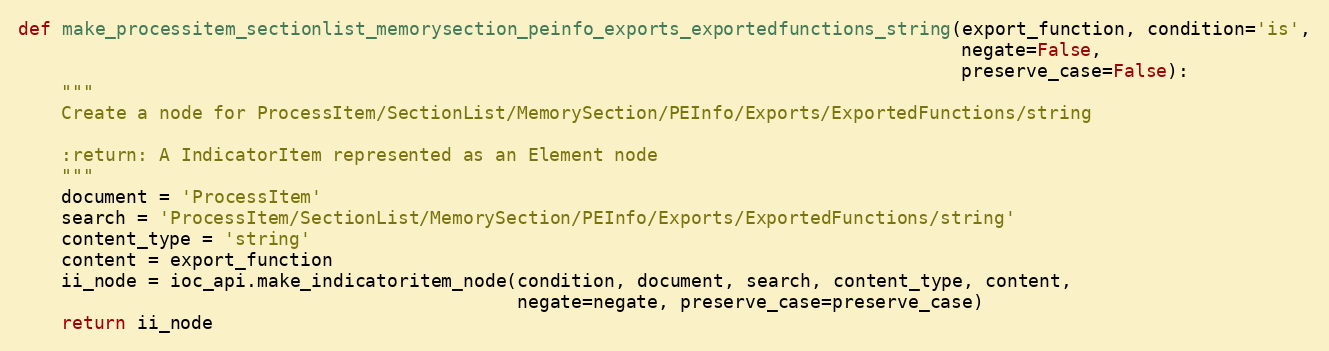
Language: Python
def make_processitem_sectionlist_memorysection_peinfo_exports_exportedfunctions_string(export_function, condition='is',
                                                                                       negate=False,
                                                                                       preserve_case=False):
    """
    Create a node for ProcessItem/SectionList/MemorySection/PEInfo/Exports/ExportedFunctions/string

    :return: A IndicatorItem represented as an Element node
    """
    document = 'ProcessItem'
    search = 'ProcessItem/SectionList/MemorySection/PEInfo/Exports/ExportedFunctions/string'
    content_type = 'string'
    content = export_function
    ii_node = ioc_api.make_indicatoritem_node(condition, document, search, content_type, content,
                                              negate=negate, preserve_case=preserve_case)
    return ii_node